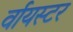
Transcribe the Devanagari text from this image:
र्वायस्टर